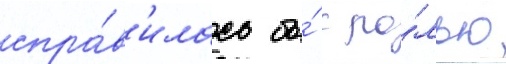
спра́в'илась бы́ с ро́лью